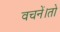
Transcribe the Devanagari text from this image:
वचनें।तो